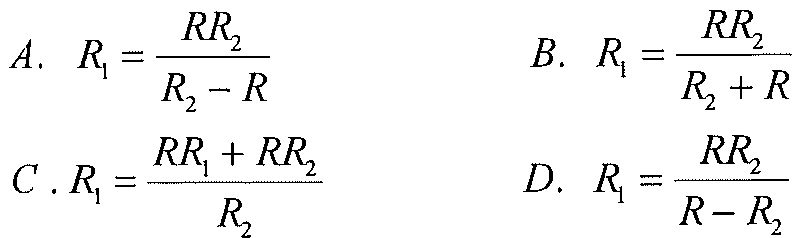
$A.\ R_{1}=\frac{RR_{2}}{R_{2}-R}\ \ \ \ \ B.\ R_{1}=\frac{RR_{2}}{R_{2}+R}$
$C.\ R_{1}=\frac{RR_{1}+RR_{2}}{R_{2}}\ \ \ \ \ D.\ R_{1}=\frac{RR_{2}}{R - R_{2}}$